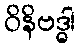
ဝိနိဗဒ္ဓါ